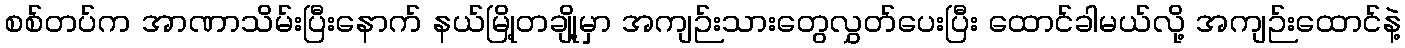
စစ်တပ်က အာဏာသိမ်းပြီးနောက် နယ်မြို့တချို့မှာ အကျဉ်းသားတွေလွှတ်ပေးပြီး ထောင်ခါမယ်လို့ အကျဉ်းထောင်နဲ့